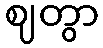
ဈတွာ